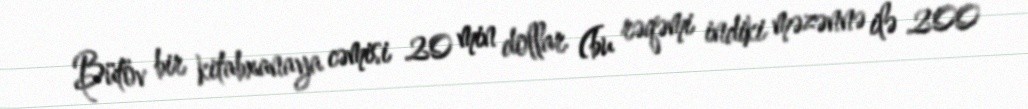
Bütöv bir kitabxanaya cəmisi 20 min dollar (bu rəqəmi indiki məzənnə ilə 200